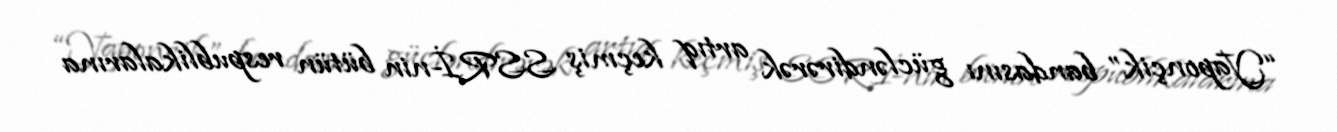
“Yaponçik” bandasını gücləndirərək artıq keçmiş SSRİ-nin bütün respublikalarına